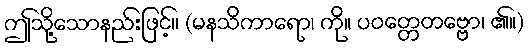
ဤသို့သောနည်းဖြင့်။ (မနသိကာရော၊ ကို။ ပဝတ္တေတဗ္ဗော၊ ၏။)